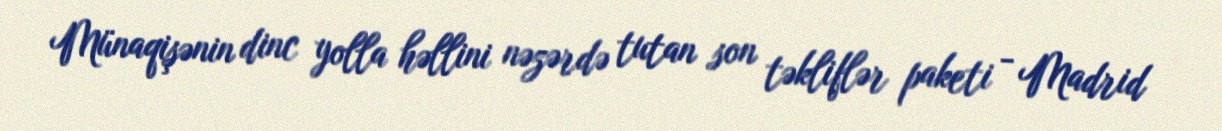
Münaqişənin dinc yolla həllini nəzərdə tutan son təkliflər paketi - Madrid